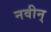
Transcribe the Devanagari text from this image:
नवीन्